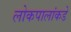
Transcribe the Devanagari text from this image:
लोकपालांकडे